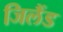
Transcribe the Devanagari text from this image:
जिलैंड